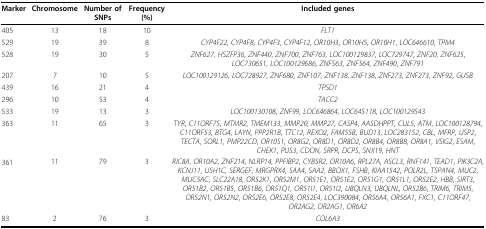
<table><thead><tr><td><b>Marker</b></td><td><b>Chromosome</b></td><td><b>Number of SNPs</b></td><td><b>Frequency (%)</b></td><td><b>Included genes</b></td></tr></thead><tbody><tr><td>405</td><td>13</td><td>18</td><td>10</td><td><i>FLT1</i></td></tr><tr><td>529</td><td>19</td><td>39</td><td>8</td><td><i>CYP4F22</i>, <i>CYP4F8</i>, <i>CYP4F3</i>, <i>CYP4F12</i>, <i>OR10H3</i>, <i>OR10H5</i>, <i>OR10H1</i>, <i>LOC646610</i>, <i>TPM4</i></td></tr><tr><td>528</td><td>19</td><td>30</td><td>5</td><td><i>ZNF627</i>, <i>HSZFP36</i>, <i>ZNF440</i>, <i>ZNF700</i>, <i>ZNF763</i>, <i>LOC100129837</i>, <i>LOC729747</i>, <i>ZNF20</i>, <i>ZNF625</i>, <i>LOC730651</i>, <i>LOC100129686</i>, <i>ZNF563</i>, <i>ZNF564</i>, <i>ZNF490</i>, <i>ZNF791</i></td></tr><tr><td>207</td><td>7</td><td>10</td><td>5</td><td><i>LOC100129126</i>, <i>LOC728927</i>, <i>ZNF680</i>, <i>ZNF107</i>, <i>ZNF138</i>, <i>ZNF138</i>, <i>ZNF273</i>, <i>ZNF273</i>, <i>ZNF92</i>, <i>GUSB</i></td></tr><tr><td>439</td><td>16</td><td>21</td><td>4</td><td><i>TPSD1</i></td></tr><tr><td>296</td><td>10</td><td>53</td><td>4</td><td><i>TACC2</i></td></tr><tr><td>533</td><td>19</td><td>13</td><td>3</td><td><i>LOC100130108</i>, <i>ZNF99</i>, <i>LOC646864</i>, <i>LOC645118</i>, <i>LOC100129543</i></td></tr><tr><td>363</td><td>11</td><td>65</td><td>3</td><td><i>TYR</i>, <i>C11ORF75</i>, <i>MTMR2</i>, <i>TMEM133</i>, <i>MMP20</i>, <i>MMP27</i>, <i>CASP4</i>, <i>AASDHPPT</i>, <i>CUL5</i>, <i>ATM</i>, <i>LOC100128794</i>, <i>C11ORF53</i>, <i>BTG4</i>, <i>LAYN</i>, <i>PPP2R1B</i>, <i>TTC12</i>, <i>REXO2</i>, <i>FAM55B</i>, <i>BUD13</i>, <i>LOC283152</i>, <i>CBL</i>, <i>MFRP</i>, <i>USP2</i>, <i>TECTA</i>, <i>SORL1</i>, <i>PMP22CD</i>, <i>OR10S1</i>, <i>OR8G2</i>, <i>OR8D1</i>, <i>OR8D2</i>, <i>OR8B4</i>, <i>OR8B8</i>, <i>OR8A1</i>, <i>VSIG2</i>, <i>ESAM</i>, <i>CHEK1</i>, <i>PUS3</i>, <i>CDON</i>, <i>SRPR</i>, <i>DCPS</i>, <i>SNX19</i>, <i>HNT</i></td></tr><tr><td>361</td><td>11</td><td>79</td><td>3</td><td><i>RIC8A</i>, <i>OR10A2</i>, <i>ZNF214</i>, <i>NLRP14</i>, <i>PPFIBP2</i>, <i>CYB5R2</i>, <i>OR10A6</i>, <i>RPL27A</i>, <i>ASCL3</i>, <i>RNF141</i>, <i>TEAD1</i>, <i>PIK3C2A</i>, <i>KCNJ11</i>, <i>USH1C</i>, <i>SERGEF</i>, <i>MRGPRX4</i>, <i>SAA4</i>, <i>SAA2</i>, <i>BBOX1</i>, <i>FSHB</i>, <i>KIAA1542</i>, <i>POLR2L</i>, <i>TSPAN4</i>, <i>MUC2</i>, <i>MUC5AC</i>, <i>SLC22A18</i>, <i>OR52K1</i>, <i>OR52M1</i>, <i>OR51E1</i>, <i>OR51E2</i>, <i>OR51G1</i>, <i>OR51L1</i>, <i>OR52E2</i>, <i>HBB</i>, <i>SIRT3</i>, <i>OR51B2</i>, <i>OR51B5</i>, <i>OR51B6</i>, <i>OR51Q1</i>, <i>OR51I1</i>, <i>OR51I2</i>, <i>UBQLN3</i>, <i>UBQLNL</i>, <i>OR52B6</i>, <i>TRIM6</i>, <i>TRIM5</i>, <i>OR52N1</i>, <i>OR52N2</i>, <i>OR52E6</i>, <i>OR52E8</i>, <i>OR52E4</i>, <i>LOC390084</i>, <i>OR56A4</i>, <i>OR56A1</i>, <i>FXC1</i>, <i>C11ORF47</i>, <i>OR2AG2</i>, <i>OR2AG1</i>, <i>OR6A2</i></td></tr><tr><td>83</td><td>2</td><td>76</td><td>3</td><td><i>COL6A3</i></td></tr></tbody></table>